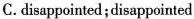
C.disappointed;disappointed